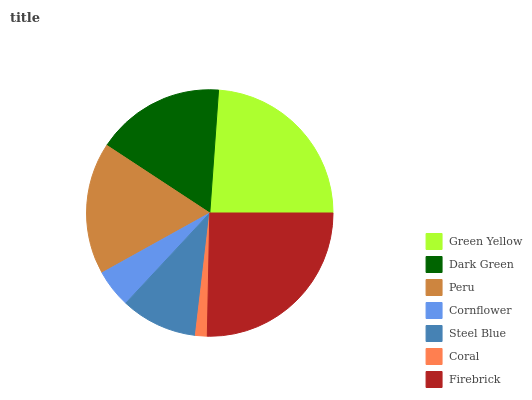
| Green Yellow | Dark Green | Peru | Cornflower | Steel Blue | Coral | Firebrick |
 | --- | --- | --- | --- | --- | --- | --- |
 | 23.9% | 16.9% | 17.3% | 5% | 10.1% | 1.55% | 25.3% |